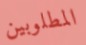
المطلوبين